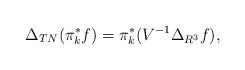
LaTeX: \begin{align*}\Delta_{TN}(\pi_k^*f)=\pi_k^*(V^{-1}\Delta_{R^3}f),\end{align*}